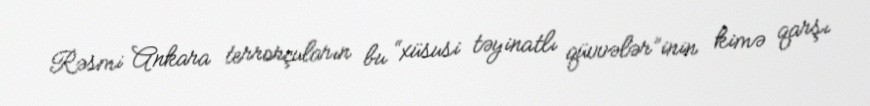
Rəsmi Ankara terrorçuların bu “xüsusi təyinatlı qüvvələr”inin kimə qarşı